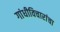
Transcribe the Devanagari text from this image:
गांधीविचारांचा